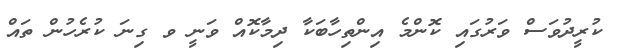
ކުރީދުވަސް ވަރުގައި ކޮންމެ އިންތިހާބަކާ ދިމާކޮއް ވަނީ ވ ގިނަ ކުރެހުން ތައް